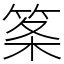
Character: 筿